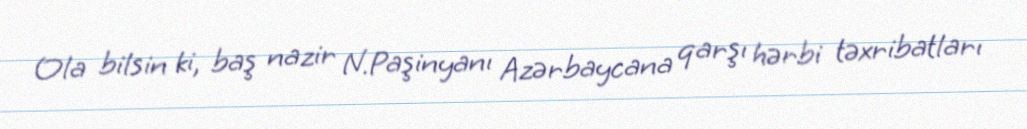
Ola bilsin ki, baş nazir N.Paşinyanı Azərbaycana qarşı hərbi təxribatları